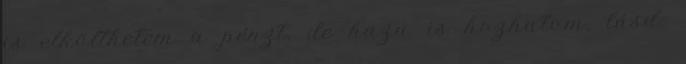
is elkölthetem a pénzt, de haza is hozhatom, lásd: